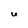
Character: U